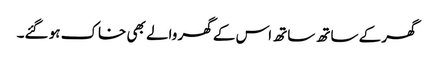
گھر کے ساتھ ساتھ اس کے گھر والے بھی خاک ہو گئے۔